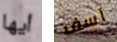
أيها آسف